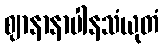
ဈာနာနာပါနသံယုတံ